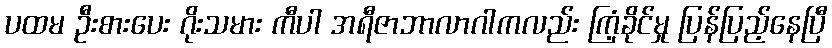
ပထမ ဦးစားပေး ဂိုးသမား ကီပါ အရီဇာဘာလာဂါကလည်း ကြံ့ခိုင်မှု ပြန်ပြည့်နေပြီ